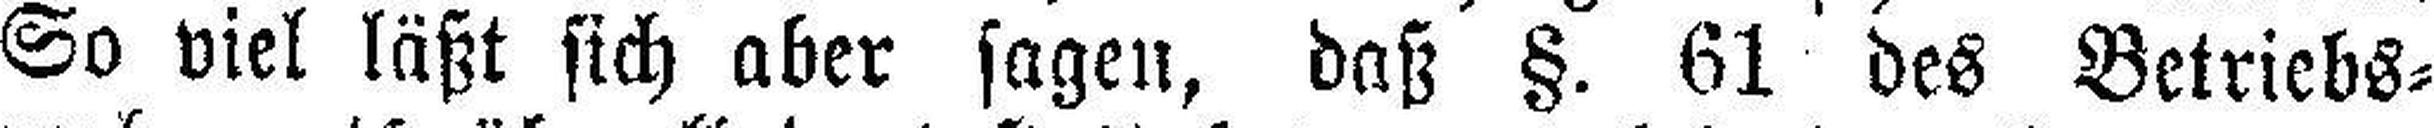
So viel läßt sich aber sagen, daß §. 61 des Betriebs¬